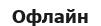
Офлайн